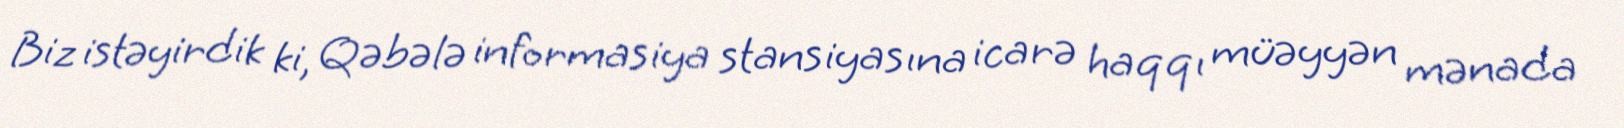
Biz istəyirdik ki, Qəbələ informasiya stansiyasına icarə haqqı müəyyən mənada